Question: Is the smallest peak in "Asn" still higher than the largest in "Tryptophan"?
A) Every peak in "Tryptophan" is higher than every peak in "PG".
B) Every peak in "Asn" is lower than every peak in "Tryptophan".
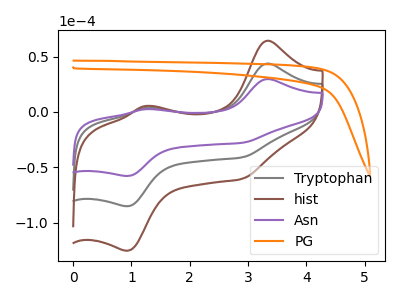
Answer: <think>The gray curve "Tryptophan" has anodic peaks at (3.35V, 43.60uA) (1.25V, 3.60uA) and cathodic peaks at (2.90V, -41.05uA) (0.90V, -85.10uA). The brown curve "hist" has anodic peaks at (3.35V, 87.25uA) (1.25V, 7.25uA) and cathodic peaks at (2.90V, -82.10uA) (0.90V, -170.25uA). The purple curve "Asn" has anodic peaks at (3.35V, 29.65uA) (1.25V, 2.45uA) and cathodic peaks at (2.90V, -27.90uA) (0.90V, -57.80uA). The orange curve "PG" has no peaks.</think>
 <answer>B) Every peak in "Asn" is lower than every peak in "Tryptophan".</answer>
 <eval>B</eval>